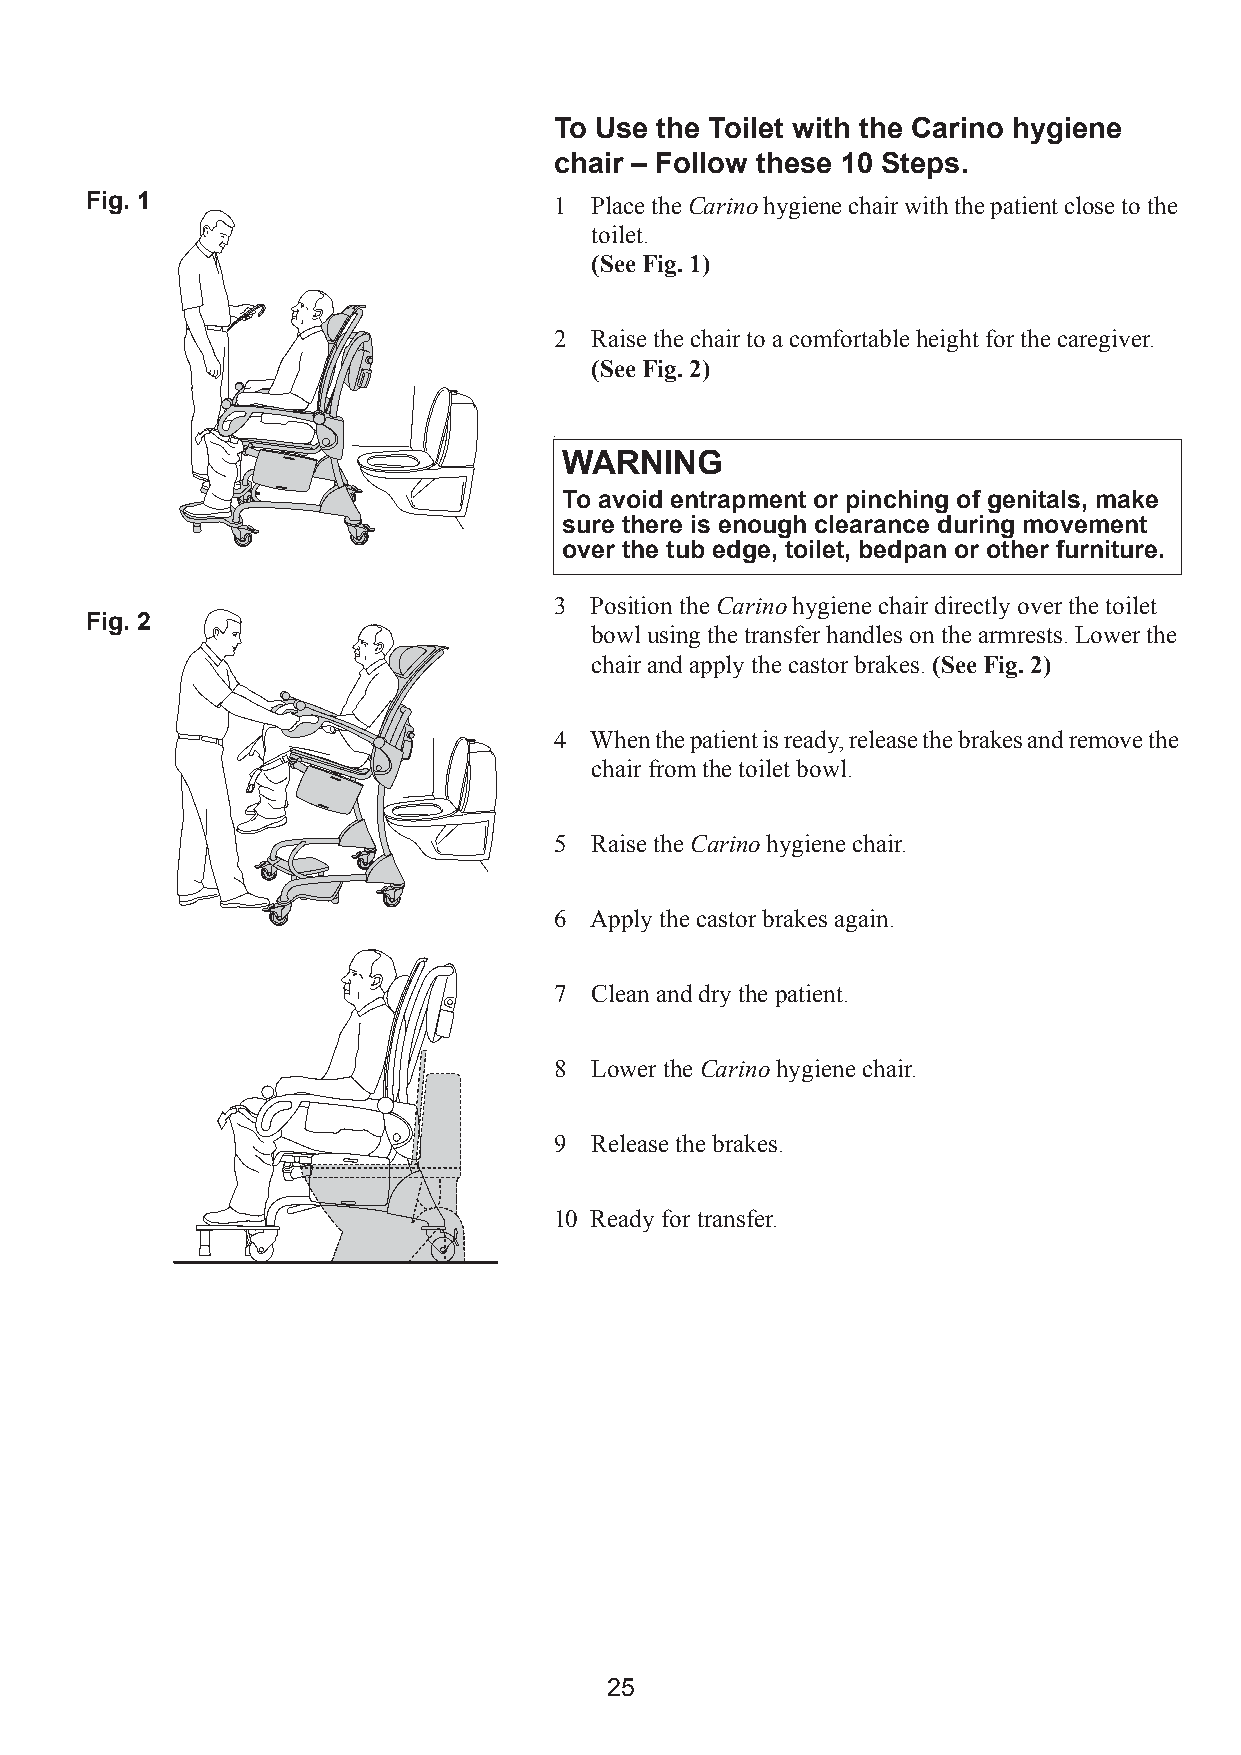
To Use the Toilet with the Carino hygiene
 chair – Follow these 10 Steps.
 Fig. 1                         1 Place the Carino hygiene chair with the patient close to the
 toilet.
 (See Fig. 1)
 2 Raise the chair to a comfortable height for the caregiver.
 (See Fig. 2)
 •
 WARNING
 To avoid entrapment or pinching of genitals, make
 sure there is enough clearance during movement
 over the tub edge, toilet, bedpan or other furniture.
 3 Position the Carino hygiene chair directly over the toilet
 Fig. 2
 bowl using the transfer handles on the armrests. Lower the
 chair and apply the castor brakes. (SeeFig.2)
 4 When the patient is ready, release the brakes and remove the
 chair from the toilet bowl.
 5 Raise the Carino hygiene chair.
 6 Apply the castor brakes again.
 7 Clean and dry the patient.
 8 Lower the Carino hygiene chair.
 9 Release the brakes.
 10 Ready for transfer.
 25